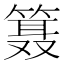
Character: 𱸗